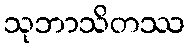
သုဘာသိတဿ